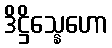
ဒိဋ္ဌိသ္နေဟော